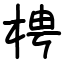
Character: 梬